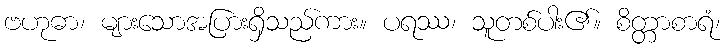
ဗဟုဓာ၊ များသောအပြားရှိသည်ကား။ ပရဿ၊ သူတစ်ပါး၏။ စိတ္တာစာရံ၊